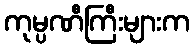
ကုမ္ပဏီကြီးများက